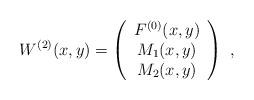
LaTeX: \begin{align*}W^{(2)}(x,y)=\left(\begin{array}{c}F^{(0)}(x,y)\\M_{1}(x,y)\\M_{2}(x,y)\end{array}\right)\,\,,\end{align*}